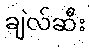
ချဲလ်ဆီး